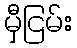
မှီငြမ်း